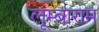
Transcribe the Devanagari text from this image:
लूम्बाराम